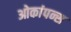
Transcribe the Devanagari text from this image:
ओकांपन्स